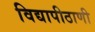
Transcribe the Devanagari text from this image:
विद्यापीठाणी